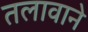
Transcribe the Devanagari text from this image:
तलावाने